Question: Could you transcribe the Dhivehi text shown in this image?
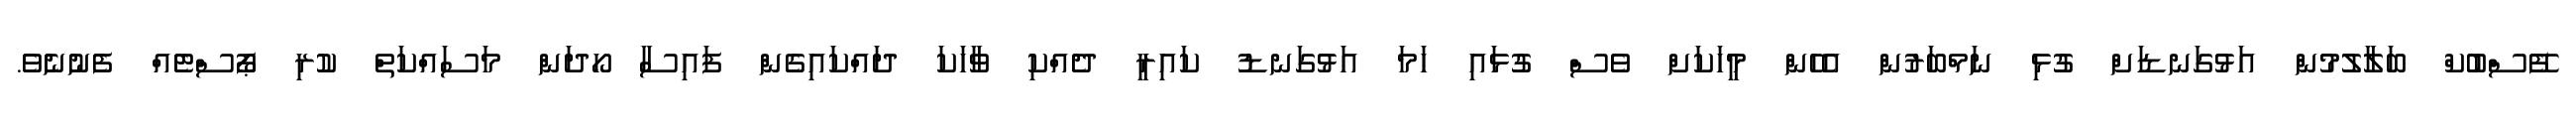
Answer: ފޭސްބުކް ބަލާލުމުން އަޅުގަނޑަށް ގުޅި ނަމްބަރުން އެހެން މީހަކަށް ވެސް ގުޅައި ހަމަ އަޅުގަނޑު ކައިރީ ދެއްކި ވާހަކަ ދައްކައިގެން ފައިސާ ހޯދަން މަސައްކަތް ކުރި ޕޯސްޓެއް ފެނުނެވެ.